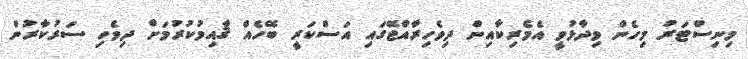
މިނިސްޓަރު މިހެން ވިދާޅުވީ އެމެރިކާއިން ދިވެހިރާއްޖޭގައި އަސްކަރީ ބޭހެއް ޤާއިމުކުރުމަށް ދިވެހި ސަރުކާރުން